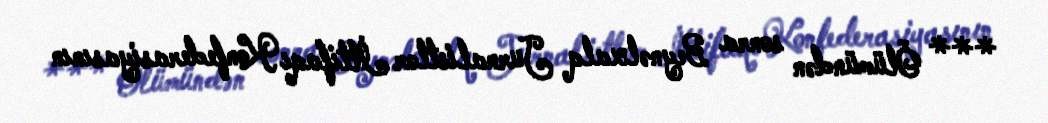
*** Ölümündən sonra Beynəlxalq Jurnalistlər İttifaqı Konfederasiyasının